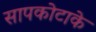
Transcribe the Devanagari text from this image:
सापकोटाके